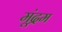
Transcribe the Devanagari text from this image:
मूंद्रम